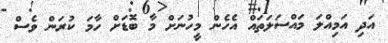
އަދި އަމިއްލަ މައްސަލަތައް އެހެން މީހުނަށް މާ ބޮޑަށް ހާމަ ކުރަން ވެސް